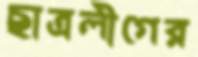
ছাত্রলীগের